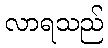
လာရသည်